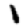
Digit: 1